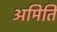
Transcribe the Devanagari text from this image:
अमिति